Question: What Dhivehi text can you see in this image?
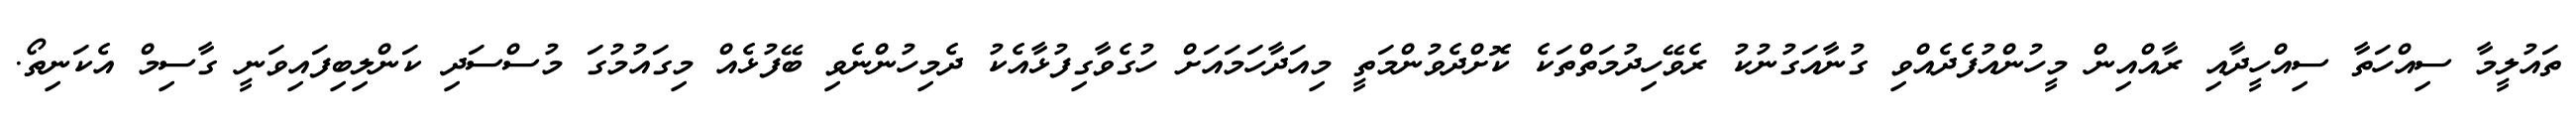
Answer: ތައުލީމާ ސިއްހަތާ ސިއްހީދާއި ރާއްއިން މީހުންއުފެދެއްވި ގުނާއަގުނުކު ރެވޭހިދުމަތްތަކެ ކޮށްދެވުންމަތީ މިއަދާހަމައަށް ހުގެވާގިފުޅާއެކު ދެމިހުންނެވި ބޭފުޅެއް މިގައުމުގަ މުސްސަދި ކަންލިބިފައިވަނީ ގާސިމް އެކަނިތޯ.